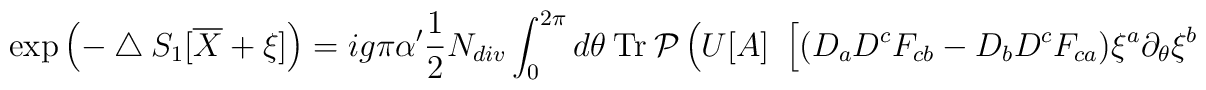
\exp\left(-\bigtriangleup S_1[\overline X + \xi]\right) = ig\pi\alpha'\frac{1}{2}N_{div}\int_0^{2\pi} d\theta ~{\rm Tr}~{\cal P} \left( U[A] ~\left[(D_a D^c F_{cb} - D_b D^c F_{ca}) \xi^a \partial_{\theta} \xi^b\right.\right.